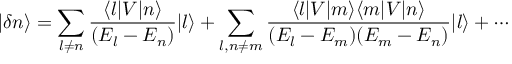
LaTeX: | \delta n \rangle = \sum _ { l \neq n } { \frac { \langle l | V | n \rangle } { ( E _ { l } - E _ { n } ) } } | l \rangle + \sum _ { l , n \neq m } { \frac { \langle l | V | m \rangle \langle m | V | n \rangle } { ( E _ { l } - E _ { m } ) ( E _ { m } - E _ { n } ) } } | l \rangle + \cdots